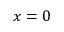
x = 0